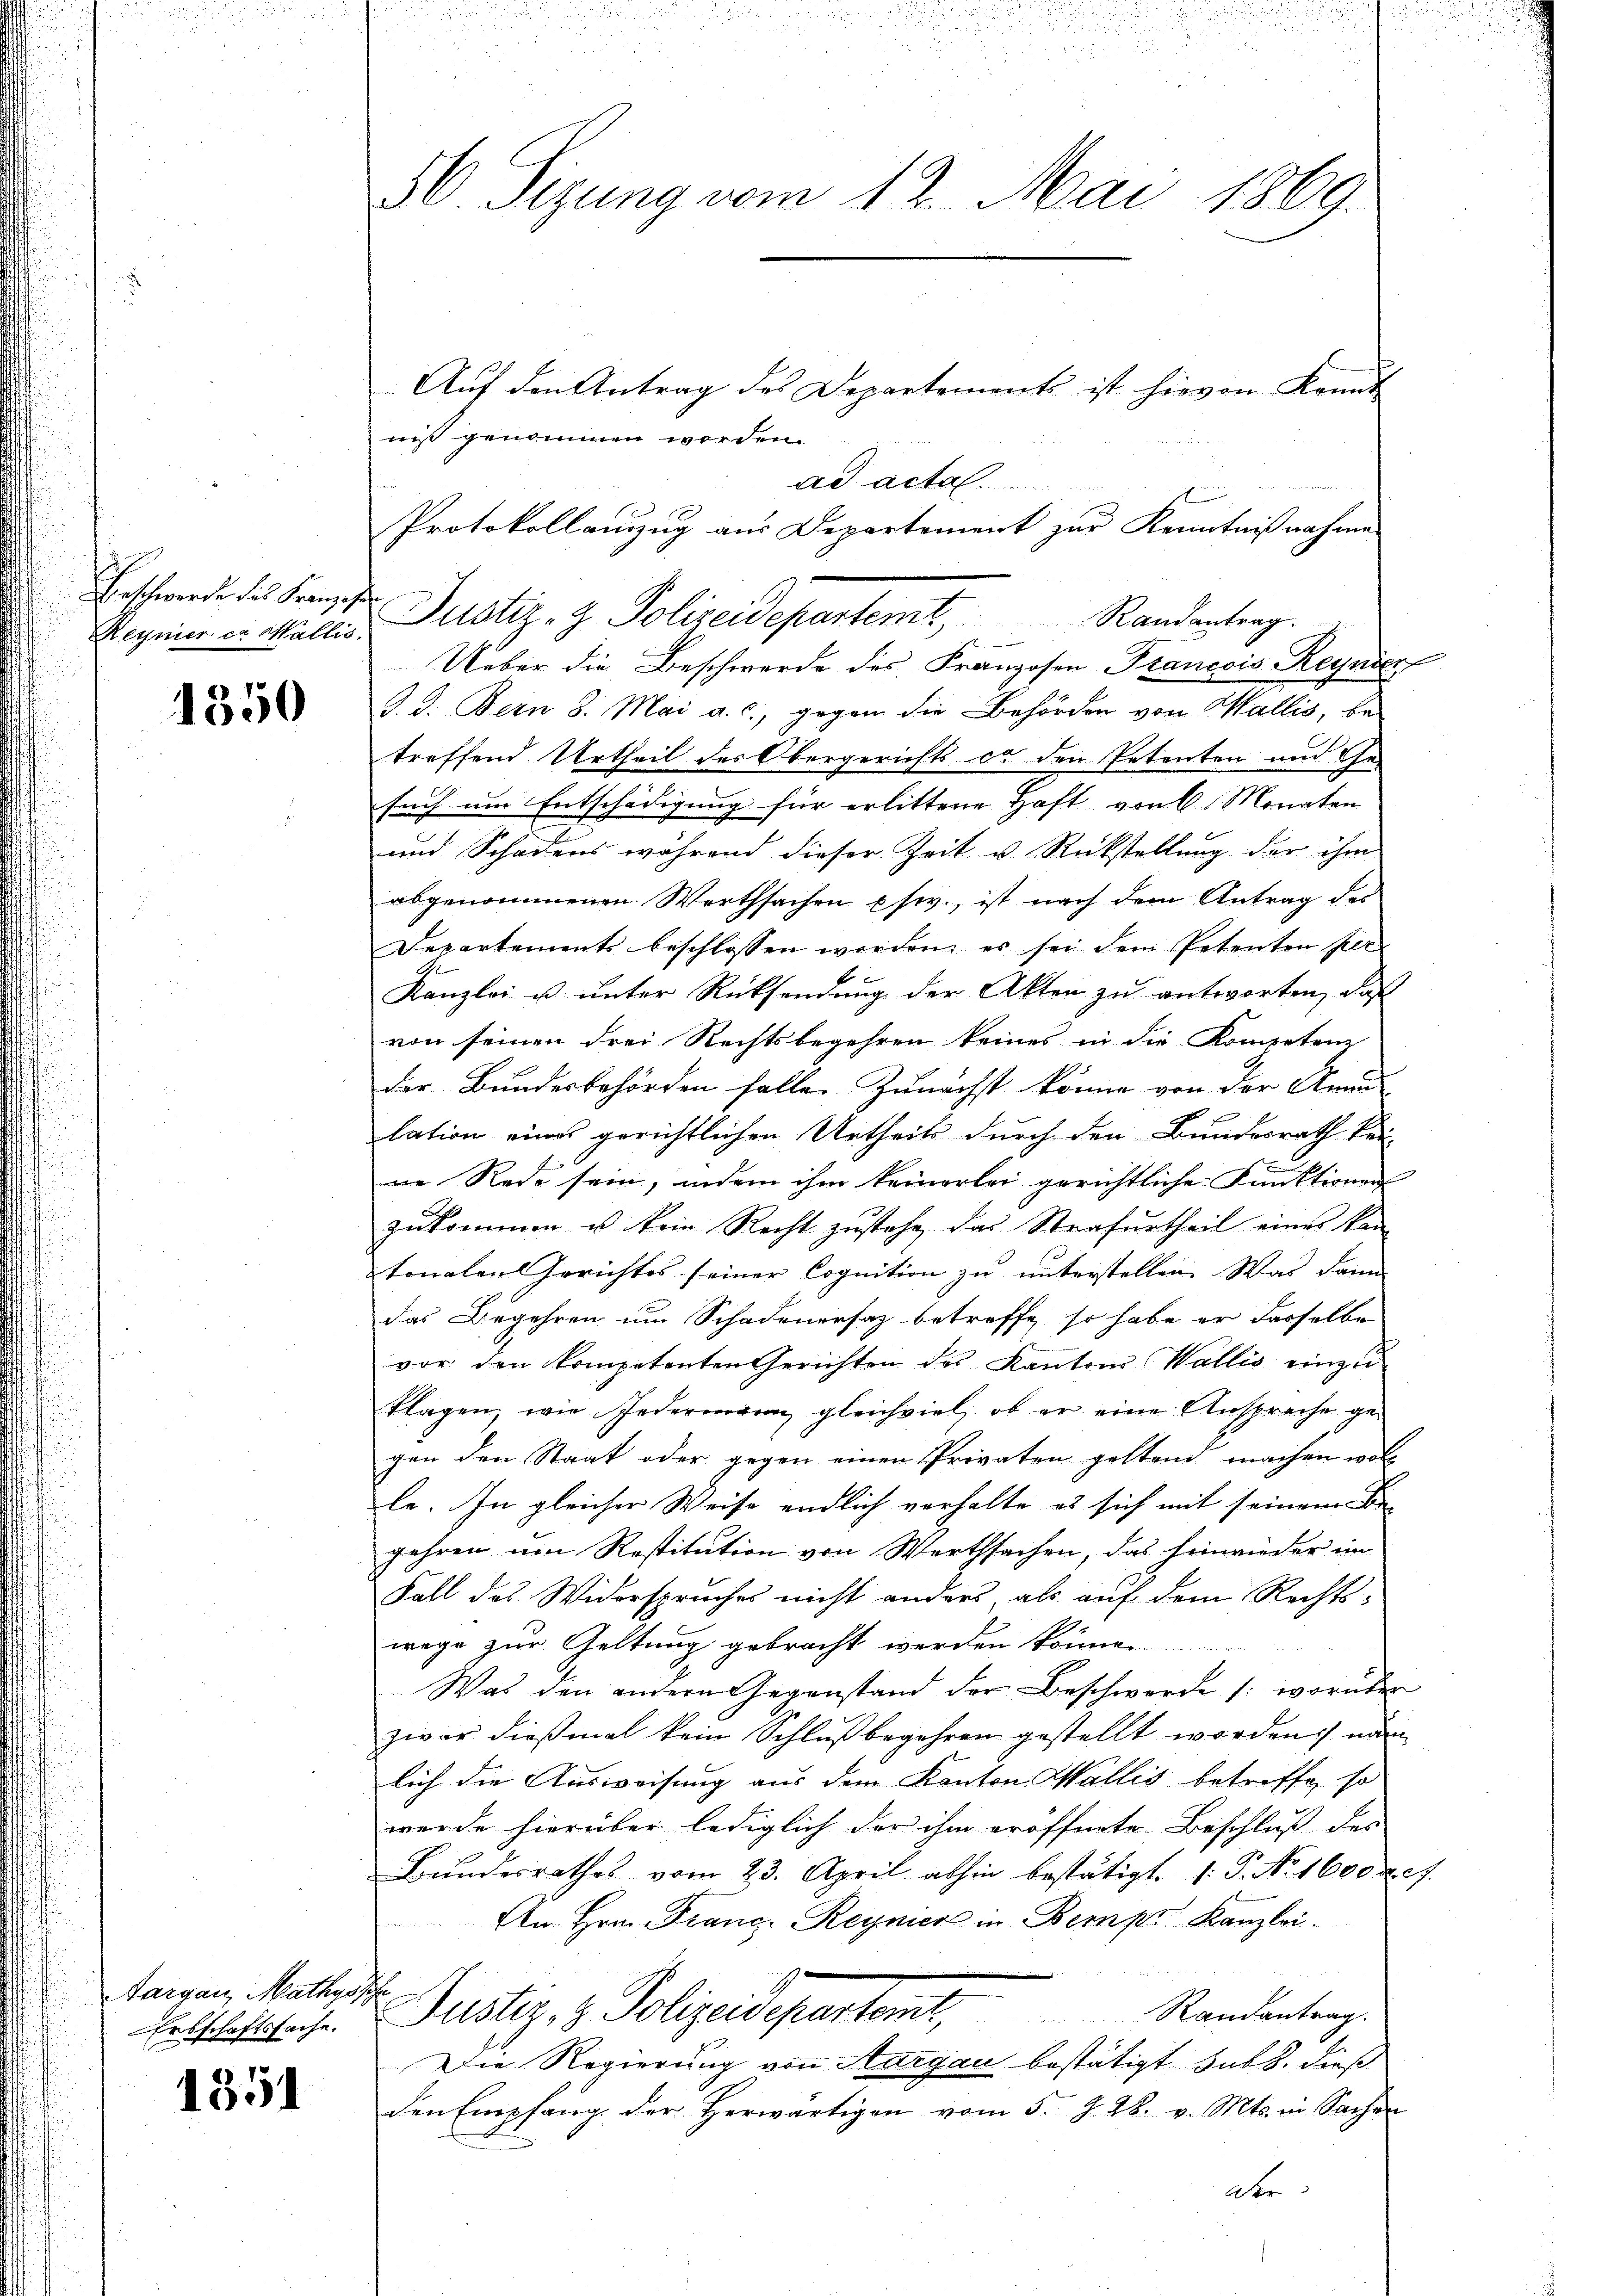
Erschwerde des Kranzose
Reyner er Wallis.

1350

Aargau, Mathysz
Erbschaftssache.

1351

30. Sizung vom 12. Mai 1869.

Auf den Antrag des Departements ist hievon konnt
niß genommen worden.
ad acta
Ueber die Beschwerde des Franzosen Francois Reynier
J. J. Bern 8. Mai a. c., gegen die Behörden von Wallis, be-
treffend Urtheil des Obergerichts er den Petenten und Ge-
such um Entschädigung für erlittene Haft von 6 Monaten
und Schadens während dieser Zeit u. Rückstellung der ihm
abgenommenen Werthsachen usw., ist nach dem Antrag des
Departements beschlossen werden, es sei dem Petenten Per¬
Kanzlei u unter Rücksendung der Akten zu antworten, daß
von seinen drei Rechtsbegehren keines in die Kompetenz
der Bundesbehörden falle. Zunächst könne von der Anna

lation eines gerichtlichen Urtheils durch den Bundesrath keine Rede sein, indem ihm keinerlei gerichtliche Funktionen
zukommen u. kein Recht zustehe, das Strafurtheil eines kan
tonalen Gerichtes seiner Cognition zu unterstellen. Was dann
das Begehren um Schadenersatz betreffe, so habe er derselbe
vor den kompetenten Gerichten des Kantons Wallis einzuklagen, wie Jedermaran gleichviel, ob er eine Anspreche gegen den Staat oder gegen einen Privaten geltend machen woll
le. In gleicher Weise endlich vorhalte es sich mit seinem Be-
jahren um Restitution von Werthsachen, das Einwieder im
Fall des Widerspruches nicht anders, als auf dem Rechts-
wege zur Geltung gebracht werden könne.
Was den andern Gegenstand der Beschwerde (worüber
zwar dießmal kein Schluß begehren gestellt worden, nam
lich die Ausweisung aus dem Kanton Wallis betreffe, so
wurde hierüber lediglich der ihm eröffnete Beschluß des
Bundesrathes vom 23. April abhin bestätigt, 1. P. No. 1600 x 7.
An Hrn. Franc, Reymer in Bemp. Kanzlei.
E
Justiz- & Polizeidepartamt Standenten.
Die Regierung von Aargau bestätigt sub b. dieß
den Empfang der herwärtigen vom 5. §. 28. v. Mts. in Sachen
atr

Protokollauszug aus Departement zur Kenntnißnahme
Justiz- & Polizeidepartemt, Randantrag.

.